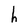
Character: h